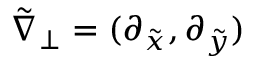
\tilde { \nabla } _ { \perp } = ( \partial _ { \tilde { x } } , \partial _ { \tilde { y } } )